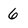
Character: 6